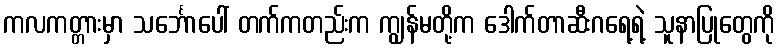
ကလကတ္တားမှာ သင်္ဘောပေါ် တက်ကတည်းက ကျွန်မတို့က ဒေါက်တာဆီးဂရေ့ရဲ့ သူနာပြုတွေကို